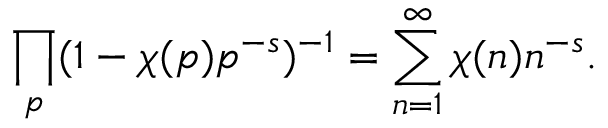
\prod _ { p } ( 1 - \chi ( p ) p ^ { - s } ) ^ { - 1 } = \sum _ { n = 1 } ^ { \infty } \chi ( n ) n ^ { - s } .